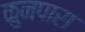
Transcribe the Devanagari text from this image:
कुनपारा